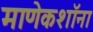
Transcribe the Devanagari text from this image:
माणेकशॉना